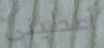
أعطينى